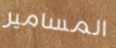
المسامير